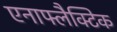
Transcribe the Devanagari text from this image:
एनाफ्लैक्टिक